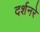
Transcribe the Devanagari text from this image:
दर्शनरे